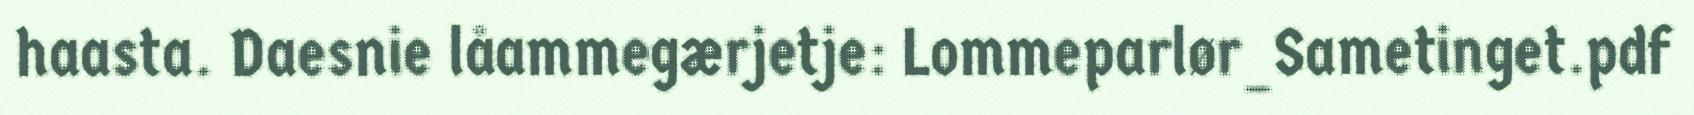
haasta. Daesnie låammegærjetje: Lommeparlør_Sametinget.pdf